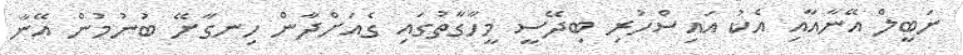
ނަބީލް އޭނާއާއި އެކު އައިސްހުރި ބިދޭސީ މީހާގާތުގައި ގެއަށްދާން ހިނގާށޭ ބުނުމުން އޭނާ